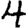
Digit: 4